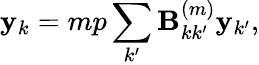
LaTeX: \mathbf{y}_{k}=mp\sum_{k^{\prime}}\textbf{{B}}_{kk^{\prime}}^{(m)}\mathbf{y}_{k^{\prime}},